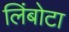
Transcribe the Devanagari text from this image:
लिंबोटा